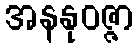
အနနုဝဇ္ဇာ